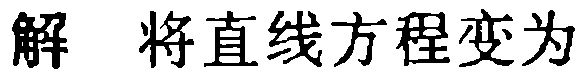
解 将直线方程变为